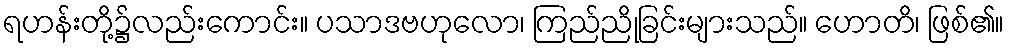
ရဟန်းတို့၌လည်းကောင်း။ ပသာဒဗဟုလော၊ ကြည်ညိုခြင်းများသည်။ ဟောတိ၊ ဖြစ်၏။